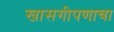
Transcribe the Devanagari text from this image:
खासगीपणाचा